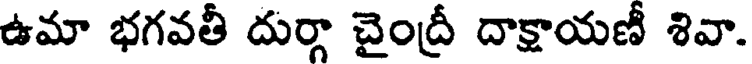
ఉమా భగవతీ దుర్గా చైంద్రీ దాక్షాయణీ శివా.